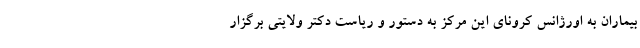
بیماران به اورژانس کرونای این مرکز به دستور و ریاست دکتر ولایتی برگزار